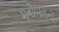
મનોબળનો